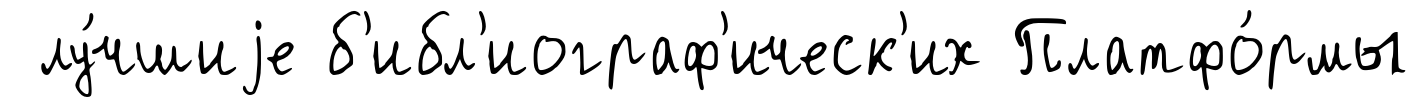
лу́чшиjе б'ибл'иограф'ическ'их Платфо́рмы